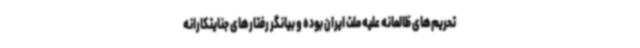
تحریم‌های ظالمانه علیه ملت ایران بوده و بیانگر رفتارهای جنایتکارانه